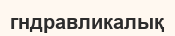
гндравликалық